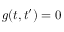
g ( t , t ^ { \prime } ) = 0